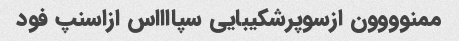
ممنوووون ازسوپرشکیبایی سپااااس ازاسنپ فود